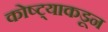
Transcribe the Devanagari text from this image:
कोष्ट्याकडून